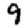
Digit: 9